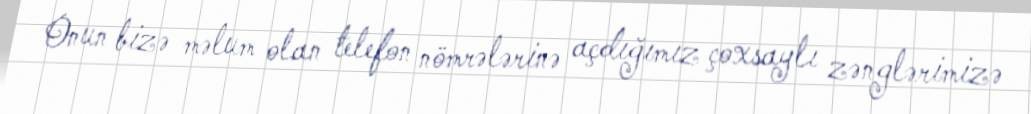
Onun bizə məlum olan telefon nömrələrinə açdığımız çoxsaylı zənglərimizə